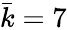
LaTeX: \bar{k}=7